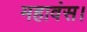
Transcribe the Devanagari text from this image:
महावंस।